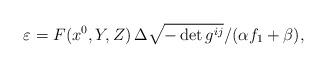
LaTeX: \begin{align*} {\varepsilon}=F(x^0,Y,Z)\,{\Delta\sqrt{-\det g^{ij}}}/{(\alpha f_1+\beta)},\end{align*}